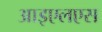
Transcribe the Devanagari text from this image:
आइएलएस